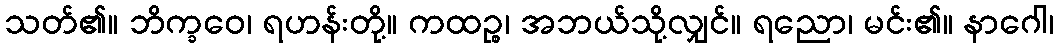
သတ်၏။ ဘိက္ခဝေ၊ ရဟန်းတို့။ ကထဉ္စ၊ အဘယ်သို့လျှင်။ ရညော၊ မင်း၏။ နာဂေါ၊